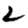
Digit: 2